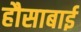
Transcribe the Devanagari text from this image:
हौसाबाई